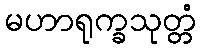
မဟာရုက္ခသုတ္တံ